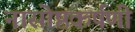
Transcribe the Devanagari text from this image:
नासोष्ठकर्षणी